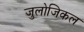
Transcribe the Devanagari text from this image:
जुलोजिकल